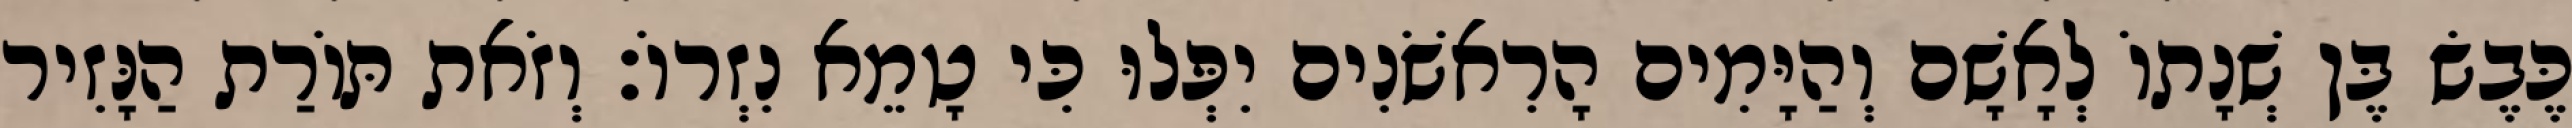
כֶּבֶשׂ בֶּן שְׁנָתוֹ לְאָשָׁם וְהַיָּמִים הָרִאשֹׁנִים יִפְּלוּ כִּי טָמֵא נִזְרוֹ׃ וְזֹאת תּוֹרַת הַנָּזִיר